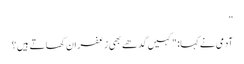
”
آدمی نے کہا: "کہیں گدھے بھی زعفران کھاتے ہیں؟